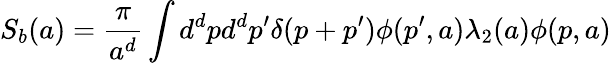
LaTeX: S_{b}(a)=\frac{\pi}{a^{d}}\int d^{d}pd^{d}p^{\prime}\delta(p+p^{\prime})\phi(p^{\prime},a)\lambda_{2}(a)\phi(p,a)